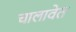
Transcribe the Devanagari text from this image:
चालावेत